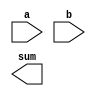
module structural_adder #(
    parameter N = 3
) (
    input [N-1:0] a,
    input [N-1:0] b,
    output [N:0] sum
);
    // TODO: Your code (from lab 2). You need to parameterize it

endmodule